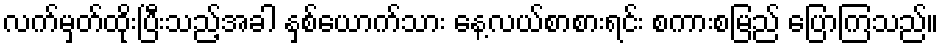
လက်မှတ်ထိုးပြီးသည့်အခါ နှစ်ယောက်သား နေ့လယ်စာစားရင်း စကားစမြည် ပြောကြသည်။